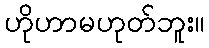
ဟိုဟာမဟုတ်ဘူး။